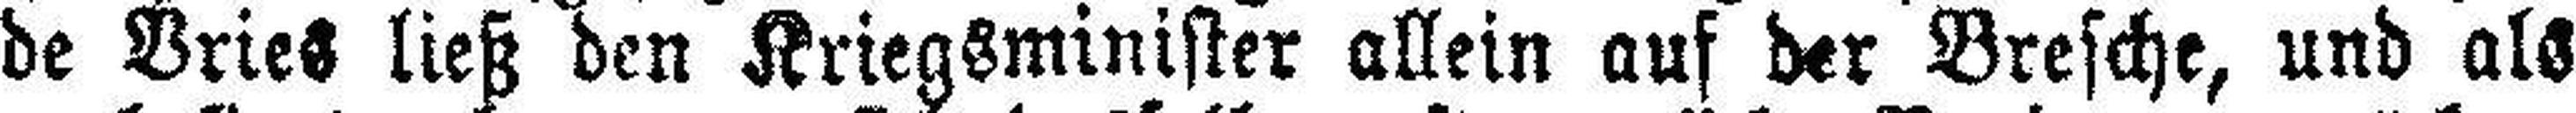
de Bries ließ den Kriegsminister allein auf der Bresche, und als